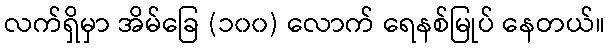
လက်ရှိမှာ အိမ်ခြေ (၁၀၀) လောက် ရေနစ်မြုပ် နေတယ်။